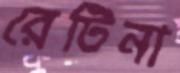
রেটিনা